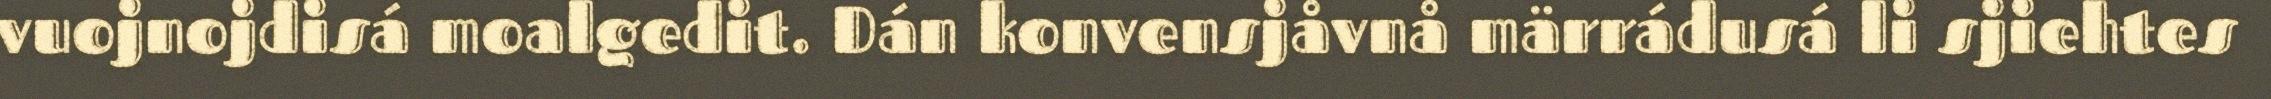
vuojnojdisá moalgedit. Dán konvensjåvnå märrádusá li sjiehtes